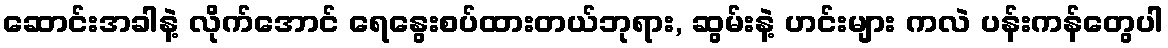
ဆောင်းအခါနဲ့ လိုက်အောင် ရေနွေးစပ်ထားတယ်ဘုရား, ဆွမ်းနဲ့ ဟင်းများ ကလဲ ပန်းကန်တွေပါ